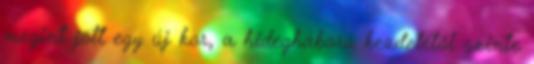
megint jött egy új kor, a hidegháború kezdetétől szinte